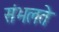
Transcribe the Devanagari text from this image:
संभलते